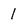
Character: 1